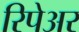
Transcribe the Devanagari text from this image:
रिपेअर